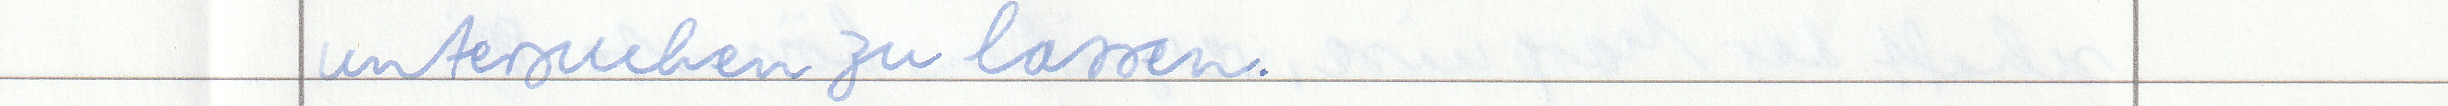
untersuchen zu lassen.